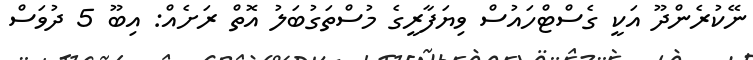
ނޭކުރެންދޫ އަކީ ގެސްޓްހައުސް ވިޔަފާރީގެ މުސްތަގުބަލު އޮތް ރަށެއް: އިބޫ 5 ދުވަސް